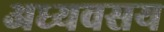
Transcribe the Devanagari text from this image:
अध्यवसय